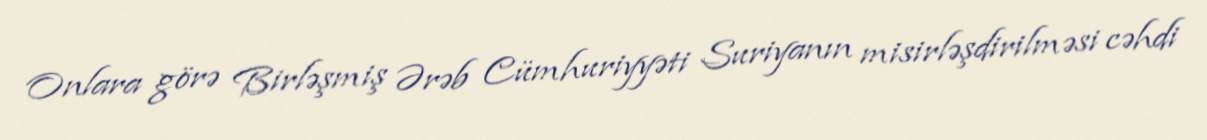
Onlara görə Birləşmiş Ərəb Cümhuriyyəti Suriyanın misirləşdirilməsi cəhdi